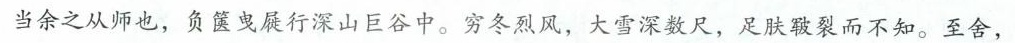
当余之从师也，负箧曳屣行深山巨谷中。穷冬烈风，大雪深数尺，足肤皲裂而不知。至舍，